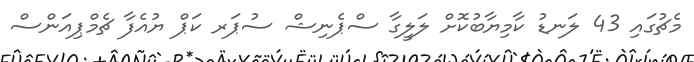
މެޗުގައި 43 ލަނޑު ކާމިޔާބުކޮށް ލަލީގާ ސްޕެނިޝް ސުޕަރ ކަޕް ޔުއެފާ ޗެމްޕިއަންސް